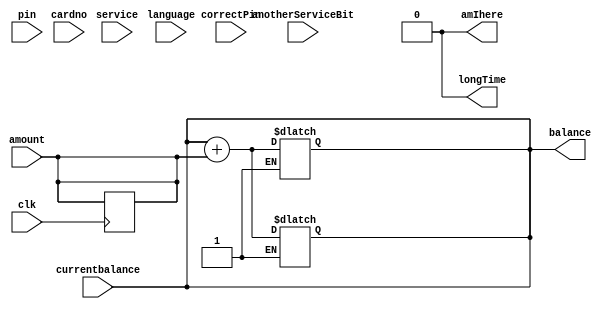
module ATMmodule(
    input  [1:0] language,// 00 is default ---- 01 is English ----- 10 is German
    input  [1:0] service,// 000 is default ---- 001 deposit ---- 010 withdraw ---- 011 checkBalance ---- 100 101 111
    input  [4:0] amount,// money to deposit or withdraw
    input  [7:0] cardno,
    input  [3:0] pin,
    input  anotherServiceBit,// 0 is default means no another service if changed to 1 then go back to serviceSate
    input clk,
    input [3:0]  correctPin,
    input [7:0] currentbalance,
    output reg amIhere,
    output reg [7:0] balance, // money in your bank acc.
    output reg longTime
);

    reg [3:0] timerCounter;
    // States definition
    localparam [3:0]
        idleState = 4'b0000,
        languageState = 4'b0001, // input language 
        pinState = 4'b0010,      // input password
        depositState = 4'b0100,  // deposit
        withdrawState = 4'b1000, // withdraw
        serviceState = 4'b0011,  // choose a service
        anotherServiceState = 4'b0101,
        balanceState = 4'b0110;  // balance

    // State and nextState registers
    reg [3:0] state, nextState;
    reg [7:0] currentbalanceReg;
    reg [1:0] language_reg;
    reg [1:0] service_reg;
    reg [4:0] amount_reg;
    reg [7:0] cardno_reg;
    reg [3:0] pin_reg;
    reg anotherServiceBit_reg;

    always @(currentbalance or service or amount) begin
        // Assign input values to reg variables
        state = idleState;
        nextState = state;
        anotherServiceBit_reg = anotherServiceBit;
        currentbalanceReg = currentbalance;
        language_reg = language;
        service_reg = service;
        amount_reg = amount;
        cardno_reg = cardno;
        pin_reg = pin;
        balance = currentbalance;
        timerCounter = 4'b0;
        longTime = 1'b0;
    end

    always @(posedge clk) 
    begin
        // Sequential logic: State transition on positive edge of the clock

        if(nextState != state)
            timerCounter = 0;
        else
        begin
            if(timerCounter==4'b1110)
                longTime= 1'b1;
            else
                timerCounter = timerCounter+1;
        end

        if(longTime) begin
            //idle state
            nextState=idleState;
            //reset values
            language_reg = 2'b00;
            service_reg = 2'b00;
            amount_reg = 5'b00000;
            cardno_reg = 8'b00000000;
            pin_reg = 4'b0000;
            anotherServiceBit_reg = 0;
        end
        state = nextState;
    end

    always @(*) begin: alwaysBlock
        reg [7:0] temp; // for use in deposit
        amIhere = 0;
        case(state)
            idleState:  
                begin
                    // Transition to languageState if card number is present
                    if(cardno_reg != 8'b00000000) 
                        begin
                            nextState = languageState;
                                       
                        end
                    else 
                        begin
                            nextState = state;
                        end
                end
            //? The Language State of the System
            languageState: 
                begin
                    // Check selected language
                    if(language_reg == 2'b01)
                        begin
                            nextState = pinState;
                        end
                    else if (language_reg == 2'b10)
                        begin
                            nextState = pinState;
                        end
                    else
                        begin
                            nextState = state;
                        end
                end
            //? The Pin State of the System
            pinState:
                begin
                    // Check if the entered PIN is correct
                    if(pin_reg == correctPin) 
                        begin
                            nextState = serviceState;
                        end
                    else
                        begin
                            nextState = state;
                        end
                end
            //? The Service State of the System
            serviceState:
                begin
                    case(service_reg)
                        // 3'b000: nextState = state;  
                        2'b01: nextState = depositState;
                        2'b10: nextState = withdrawState;
                        2'b11: nextState = balanceState;
                        default: nextState = idleState;
                        // Add cases for 3'b100, 3'b101, and 3'b111 if needed
                    endcase

                end

            //! The Deposit State of the System
            depositState:
                begin // Check if the deposit amount is valid
                #5 amIhere = 1;
                temp = amount_reg + currentbalanceReg;
                    if(amount_reg)
                        begin
                            if(temp < currentbalanceReg) begin 
                                nextState = idleState;
                            end
                            else begin 
                                balance = currentbalanceReg + amount_reg;
                                nextState = anotherServiceState;
                                currentbalanceReg = balance;
                            end
                        end
                    else
                        begin
                            nextState = state;
                        end
                end
            //! The Withdraw State of the System
            withdrawState:
                begin // Check if the withdraw amount is valid
                    if(amount_reg)
                        begin
                            if(amount_reg > balance) // If withdraw amount exceeds balance, transition to idleState
                                nextState = idleState;
                            else
                                begin
                                    // Update balance and transition to anotherServiceState
                                    balance = currentbalanceReg - amount_reg;
                                    nextState = anotherServiceState;
                                    currentbalanceReg = balance;
                                end
                        end
                    else
                    begin
                        nextState = state;
                    end
                end

            balanceState:
                begin
                    balance = currentbalanceReg;
                    // Display balance and transition to anotherServiceState
                    nextState = anotherServiceState;
                end

            anotherServiceState:
                begin
                    // Transition to serviceState if anotherServiceBit is set, else idleState
                    if(anotherServiceBit_reg) 
                        begin
                            

                            nextState = serviceState;
                            anotherServiceBit_reg = 0;
                        end
                    else 
                        begin
                            nextState = state;
                        end
                end

            default: nextState = idleState;
        endcase
    end
    
endmodule